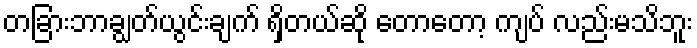
တခြားဘာချွတ်ယွင်းချက် ရှိတယ်ဆို တောတော့ ကျပ် လည်းမသိဘူး